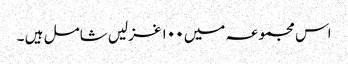
اس مجموعہ میں ۱۰۰ غزلیں شامل ہیں ۔